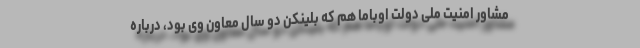
مشاور امنیت ملی دولت اوباما هم که بلینکن دو سال معاون وی بود، درباره